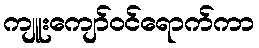
ကျူးကျော်ဝင်ရောက်ကာ